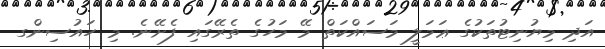
އަދި މިޔުނިޓުތަކުގެ ޢަމަލީ މަސައްކަތް މޭ މަހުގެ ތެރޭގައި ފެށޭނެ. މި ހައުސިންގ